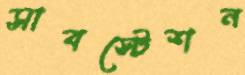
সাবস্টেশন